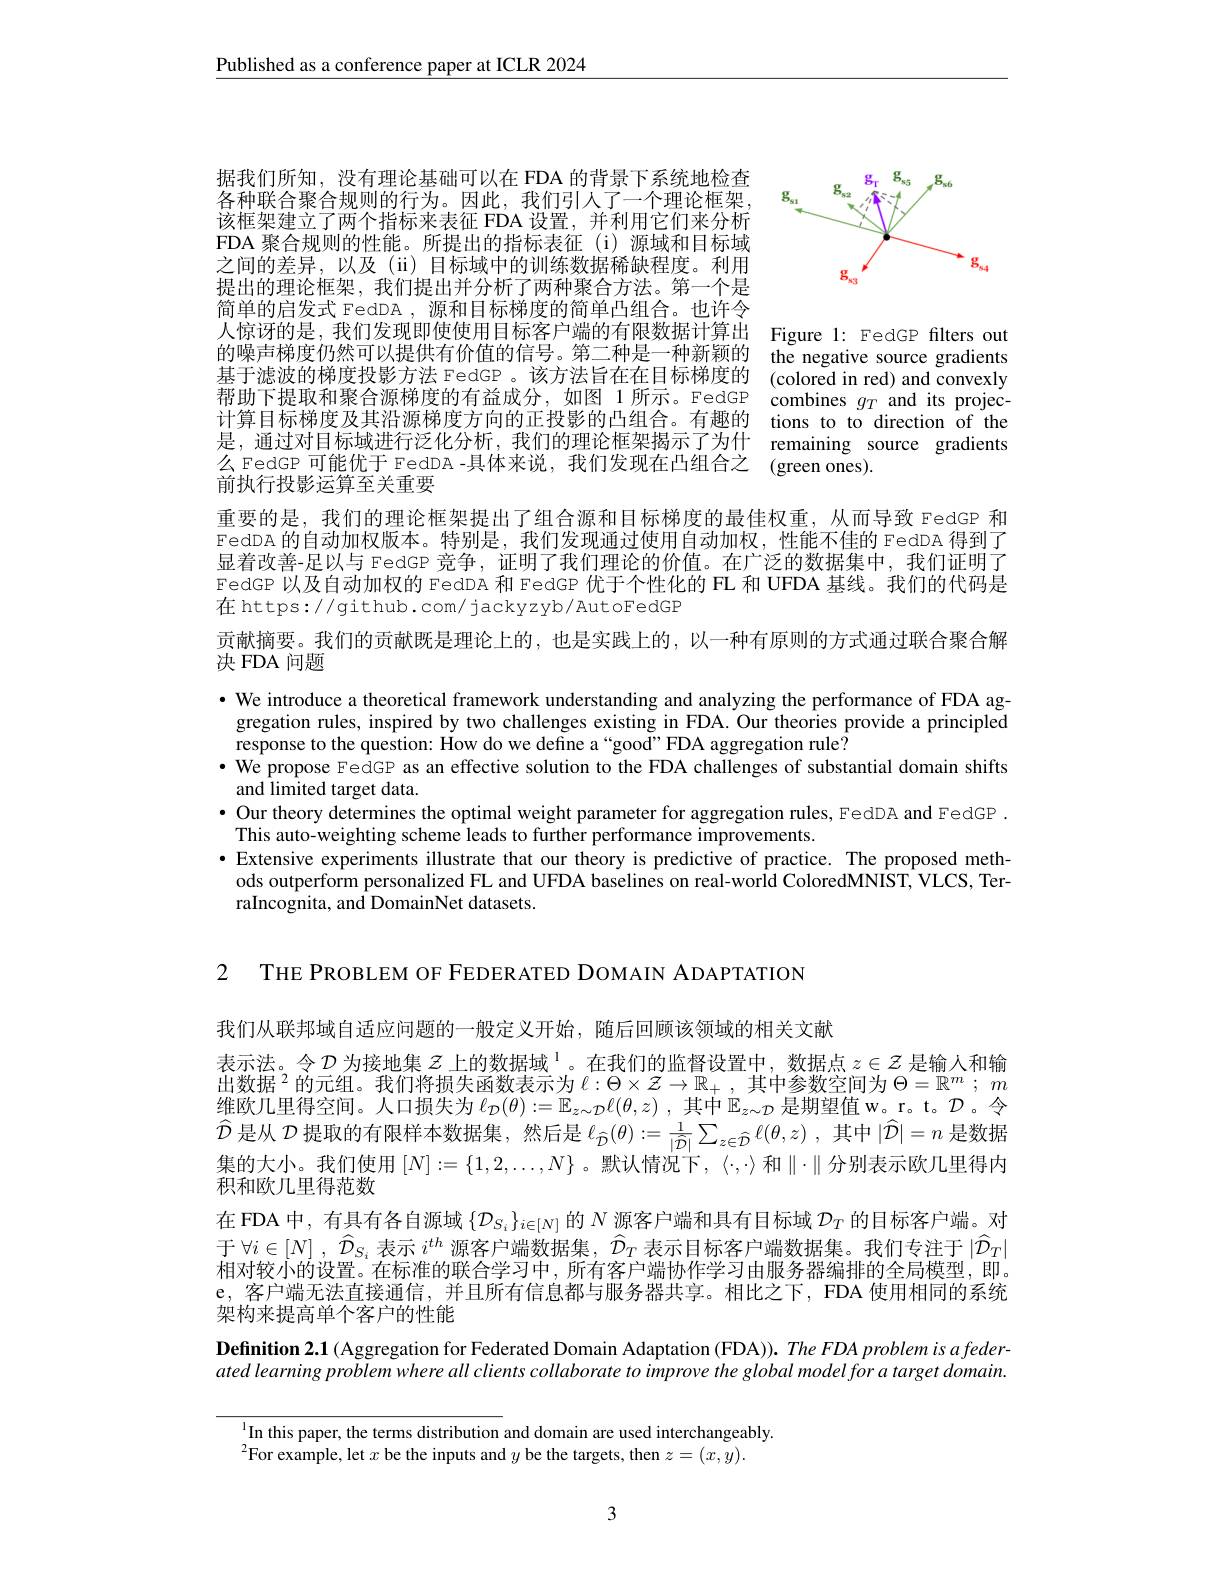
$\underline{\text{Published as a conference paper at ICLR 2024}}$

<FigureHere>

据我们所知，没有理论基础可以在 FDA 的背景下系统地检查各种联合聚合规则的行为。因此，我们引人了一个理论框架该框架建立了两个指标来表征 FDA 设置，并利用它们来分析FDA 聚合规则的性能。所提出的指标表征(i)源域和目标域之间的差异，以及(ii)目标域中的训练数据稀缺程度。利用提出的理论框架，我们提出并分析了两种聚合方法。第一个是简单的启发式 FedDA , 源和目标梯度的简单凸组合。也许令人惊讶的是，我们发现即使使用目标客户端的有限数据计算出 Figure 1: FedGP filters out 的噪声梯度仍然可以提供有价值的信号。第二种是一种新颖的 the negative source gradients 基于滤波的梯度投影方法 FedGP 。该方法旨在在目标梯度的 (colored in red) and convexly 帮助下提取和聚合源梯度的有益成分，如图1所示。FedGP combines $g_T$ and its projec计算目标梯度及其沿源梯度方向的正投影的凸组合。有趣的 tions to to direction of the 是，通过对目标域进行泛化分析，我们的理论框架揭示了为什 remaining source gradients 么 FedGP 可能优于 FedDA -具体来说，我们发现在凸组合之 (green ones).
前执行投影运算至关重要

重要的是，我们的理论框架提出了组合源和目标梯度的最佳权重，从而导致 FedGP 和FedDA 的自动加权版本。特别是，我们发现通过使用自动加权，性能不佳的 FedDA 得到了显着改善-足以与 FedGP 竞争，证明了我们理论的价值。在广泛的数据集中，我们证明了FedGP 以及自动加权的 FedDA 和 FedGP 优于个性化的 FL 和 UFDA 基线。我们的代码是在 https:// github. com/ jackyzyb/Aut oFedGP

贡献摘要。我们的贡献既是理论上的，也是实践上的，以一种有原则的方式通过联合聚合解
决 FDA 问题

· We introduce a theoretical framework understanding and analyzing the performance of FDA aggregation rules, inspired by two challenges existing in FDA. Our theories provide a principled response to the question: How do we define a“good”FDA aggregation rule?
$\bullet$ We propose FedGP as an effective solution to the FDA challenges of substantial domain shifts
and limited target data.
$\bullet$ Our theory determines the optimal weight parameter for aggregation rules, FedDA and FedGP .
This auto-weighting scheme leads to further performance improvements.
$\bullet$ Extensive experiments illustrate that our theory is predictive of practice. The proposed meth-
ods outperform personalized FL and UFDA baselines on real-world ColoredMNIST, VLCS, Ter-
raIncognita, and DomainNet datasets.

2 THE PROBLEM OF FEDERATED DOMAIN ADAPTATION

我们从联邦域自适应问题的一般定义开始，随后回顾该领域的相关文献
表示法。令$\mathcal{D}$为接地集$z\text{ 上的数据域 }^1$。在我们的监督设置中，数据点$z\in Z$是输人和输出数据$^2$的元组。我们将损失函数表示为 $\ell:\Theta\times\mathcal{Z}\to\mathbb{R}_+$, 其中参数空间为 $\Theta=\mathbb{R}^m;m$ 维欧几里得空间。人口损失为$\ell_\mathcal{D}(\theta):=\mathbb{E}_{z\sim\mathcal{D}}\ell(\theta,z)$ ,其中$\mathbb{E}_z\sim\mathcal{D}$ 是期望值 w。r。t。$\mathcal{D}$ 。令$\widehat{\mathcal{D}}$是从$\mathcal{D}$提取的有限样本数据集，然后是$\ell _{\widehat{\mathcal{D} } }( \theta ) : = \frac 1{| \widehat{\mathcal{D} } | }\sum _{z\in \widehat{\mathcal{D} } }\ell ( \theta , z)$ ,其中$|\widehat{\mathcal{D}}|=n$是数据集的大小。我们使用$[N]:=\{1,2,\ldots,N\}$ 。默认情况卞，$\langle\cdot,\cdot\rangle$和$\|\cdot\|$分别表示欧几里得内积和欧几里得范数
在 FDA 中，有具有各自源域$\{\mathcal{D}_S_i\}_{i\in[N]}$的$N$源客户端和具有目标域$\mathcal{D}_T$的目标客户端。对于$\forall i\in[N]$ , $\hat{\mathcal{D}}_S_i$表示$i^th$源客户端数据集，$\hat{\mathcal{D}}_T$表示目标客户端数据集。我们专注于$|\hat{\mathcal{D}}_T|$ 相对较小的设置。在标准的联合学习中，所有客户端协作学习由服务器编排的全局模型，即。e,客户端无法直接通信，并且所有信息都与服务器共享。相比之下，FDA 使用相同的系统架构来提高单个客户的性能
Definition 2.1 (Aggregation for Federated Domain Adaptation (FDA)). The FDA problem is a feder-

ated learning problem where all clients collaborate to improve the global model for a target domain.

$^{1}$In this paper, the terms distribution and domain are used interchangeably.
$^{2}$For example, let $x$ be the inputs and $y$ be the targets, then $z=(x,y).$

3